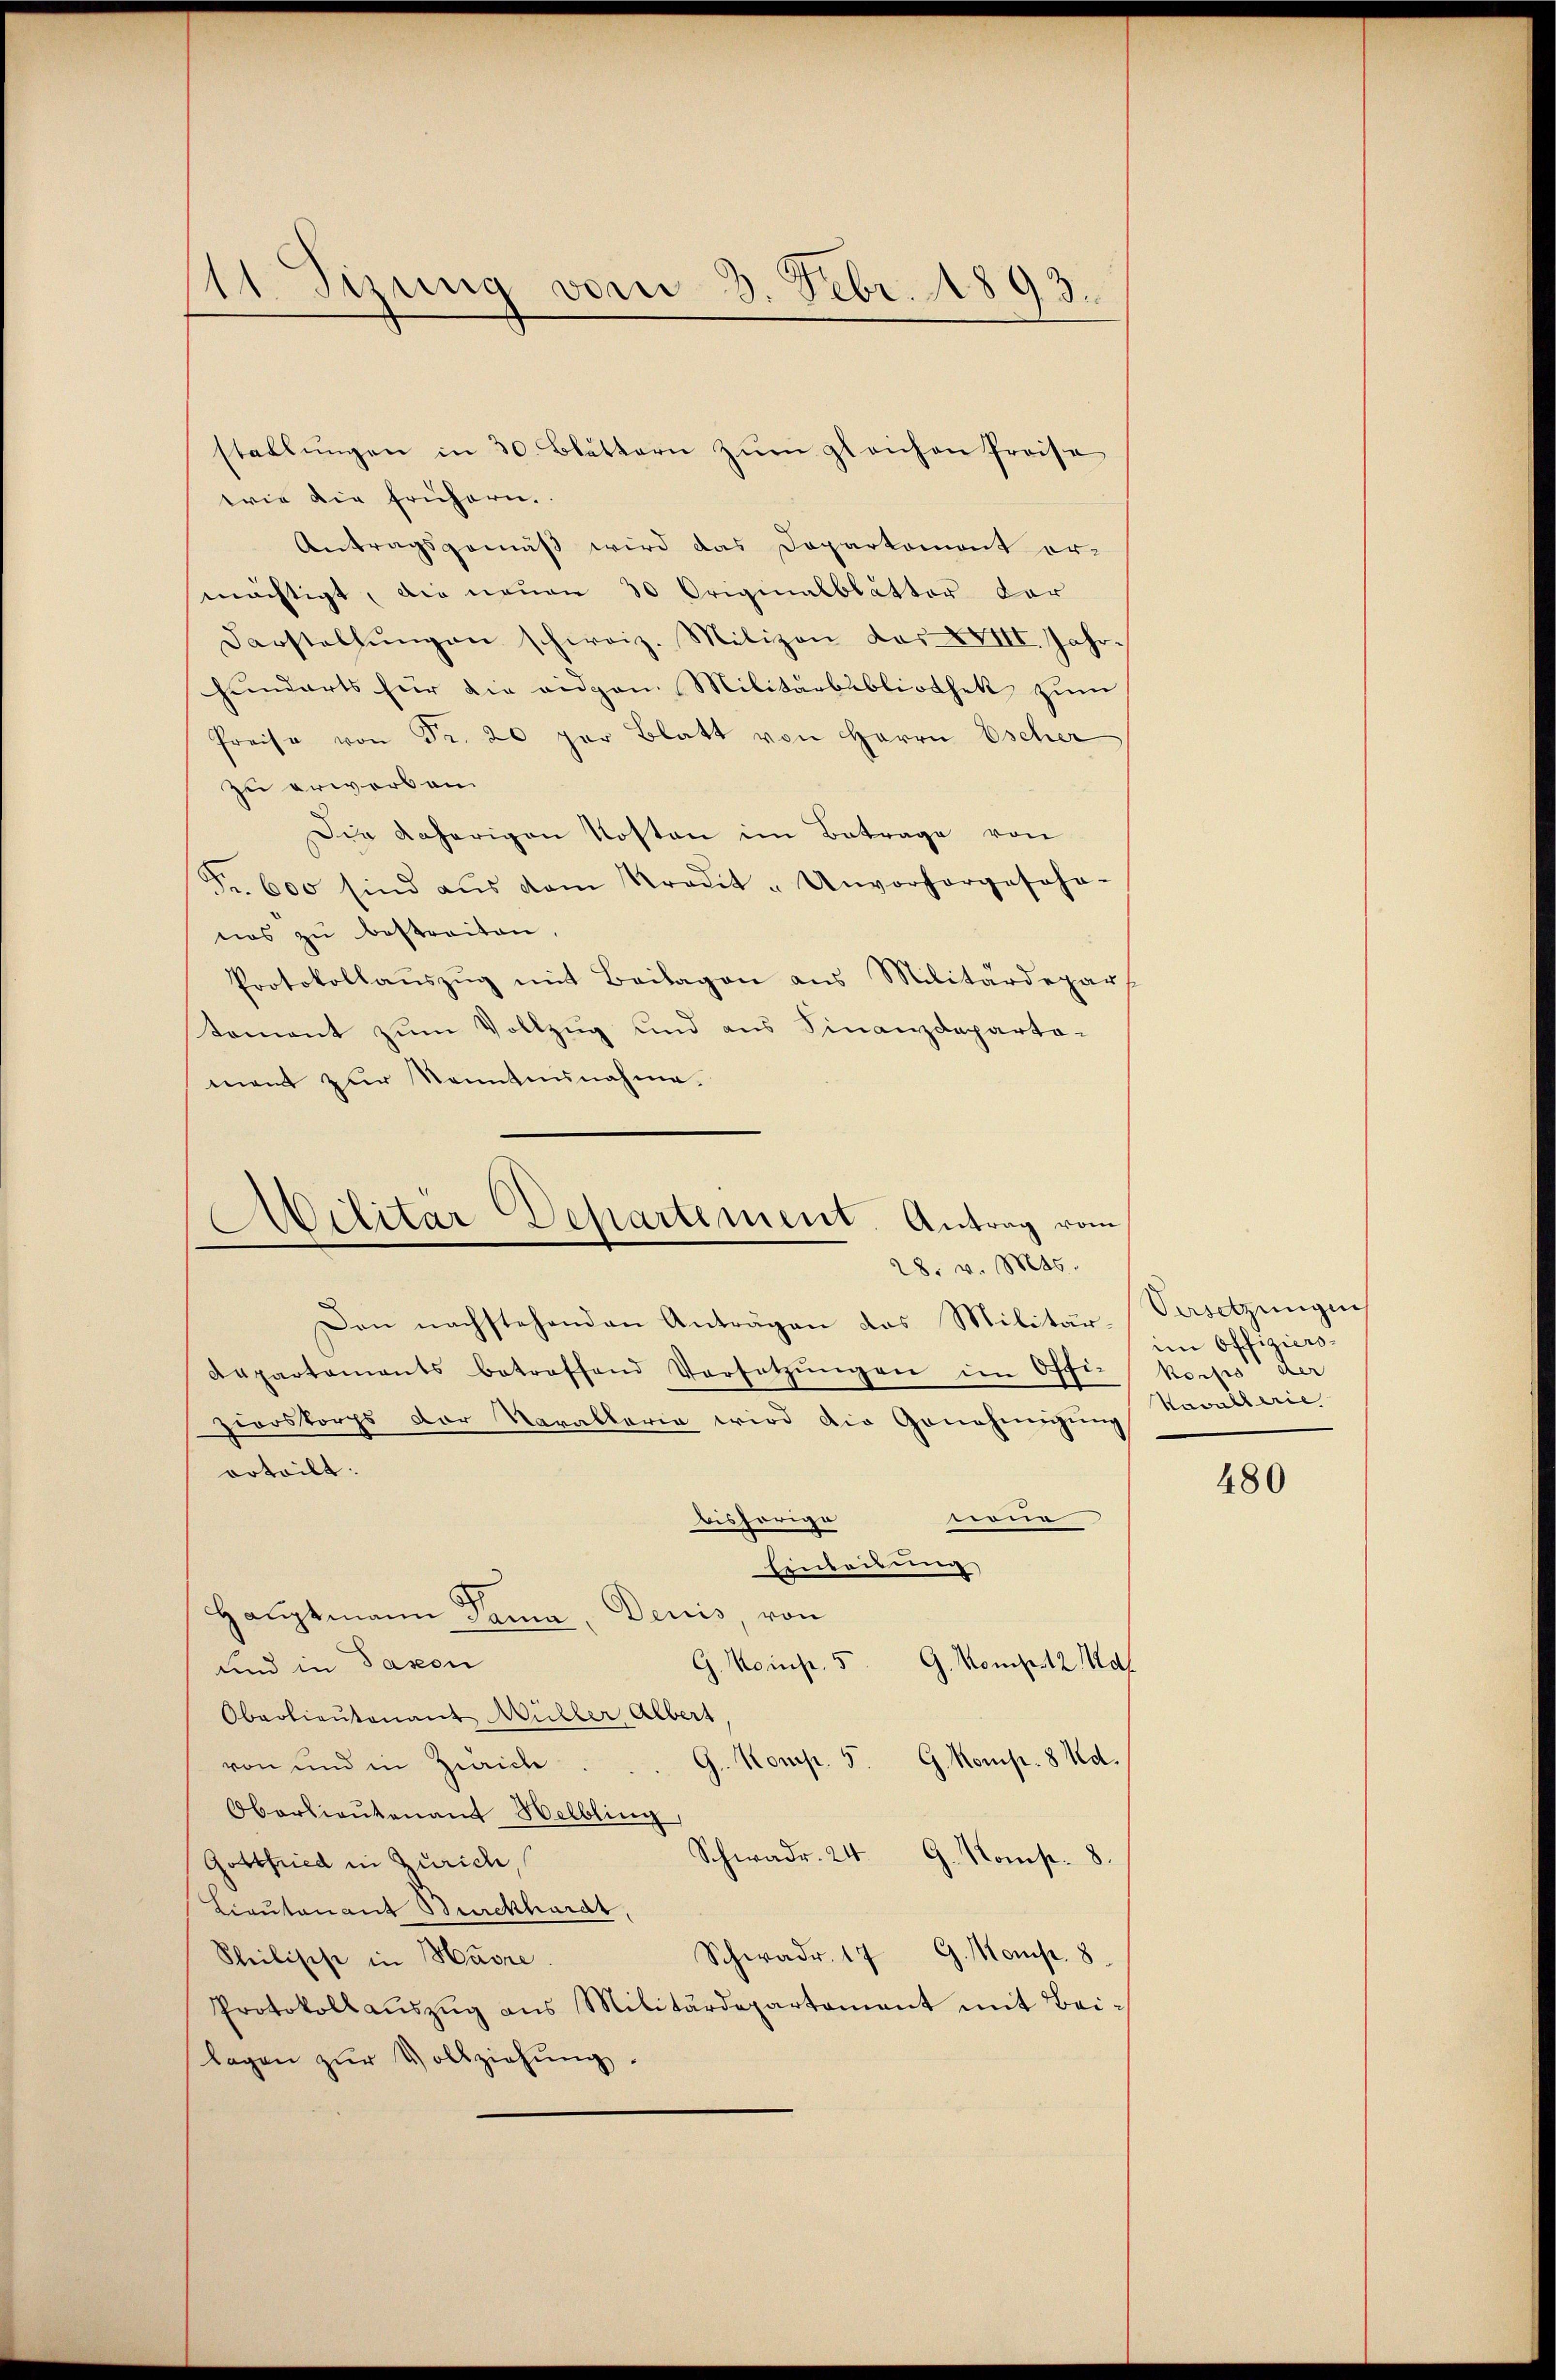
11 Sizung vom 3. Febr. 1893.

stallŭngen in 30. Blättern zŭm gleichen Preise
wie die frühern.
Antragsgemäß wird das Doparkoment er-
mächtigt, die neuen 30 Originalblatter dor
Darstellŭngen schweiz. Milizon des XVIII. Jahr-
hunderts für die eidgen. Militärbibliothek zum
Preise von Fr. 20 par Blatt von Herrn Escher
zu erworben
Die daherigen Kosten im Betrage von
Fr. 600 sind aŭs dem Kredit-Unvorhergescha-
nas zu bestreiten,
Protokollauszug mit Beilagen aus Militärdepartement zum Vollzug und aus Finanzdeparta-
ment zur Kenntnisnahme.

Militär Departement. Antrag vom
28. v. Mts.

Den nachstehenden Anträgen das Militär-
Appartaments betreffend Versetzŭngen im Offi-
zwooskorps der Narallaria wird die Genehmigŭng
erteilt.
e
bishörige
Einleidung
Hauptmann Sama, Decis von
G. Komp. 5. G. Kompe 12 Mal
und in Passen
Oberlieutenant Müller Albert
G. Komp. 5. G. Komp. 8 Ad.
von und in Zürich
Oberlieutenant Helbling,
Schwadr. 24. G. Komp. 8.
Gottfried in Zürich,
Lieutenant Burckhardt,
Schwadr. 17 G. Komp. 8
Sheilische in Havre
Protokoll aŭszŭg ans Militärdepartament mit Bei-
lagen zŭr Vollziehŭng.

Versetzungeis
im Offiziers-
korps der
Kavallerie

480